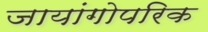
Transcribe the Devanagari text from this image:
जायांगोपरिक